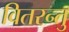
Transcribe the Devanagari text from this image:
वितरन्तु